Report on vaccination in Madras 1904-1921 - 1904-1921
Year: 1904
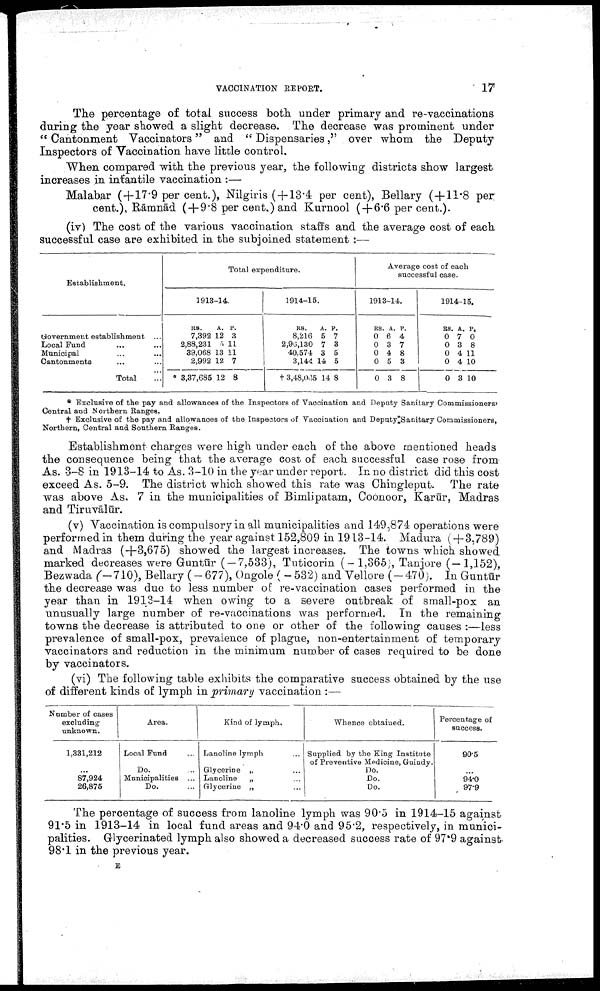
VACCINATION REPORT.
17
The percentage of total success both under primary and re-vaccinations
during the year showed a slight decrease. The decrease was prominent under
" Cantonment Vaccinators" and " Dispensaries," over whom the Deputy
Inspectors of Vaccination have little control.
When compared with the previous year, the following districts show largest
increases in infantile vaccination :—
Malabar (+17.9 per cent.), Nilgiris ( + 13.4 per cent), Bellary (+11.8 per
cent.), Rāmnād (+9.8 per cent.) and Kurnool (+6.6 per cent.).
(iv) The cost of the various vaccination staffs and the average cost of each
successful case are exhibited in the subjoined statement :—
Establishment.
Government establishment ...
Local Fund ... ...
Municipal ... ...
Cantonments ... ...
Total
...
Total expenditure.
1913-14.
RS.
7,392
2,88,231
39,068
2,992
* 3,37,685
A.
12
5
13
12
12
P.
3
11
11
7
8
1914-15.
RS.
8,216
2,96,130
40,574
3,144
† 3,48,065
A.
5
7
3
14
14
P.
7
3
5
5
8
Average cost of each
successful case.
1913-14.
RS.
0
0
0
0
0
A.
6
3
4
5
3
P.
4
7
8
3
8
1914-15.
RS.
0
0
0
0
0
A.
7
3
4
4
3
P.
0
8
11
10
10
* Exclusive of the pay and allowances of the Inspectors of Vaccination and Deputy Sanitary Commissioners,
Central and Northern Ranges.
† Exclusive of the pay and allowances of the Inspectors of Vaccination and Deputy Sanitary Commissioners,
Northern, Central and Southern Ranges.
Establishment charges were high under each of the above mentioned heads
the consequence being that the average cost of each successful case rose from
As. 3-8 in 1913-14 to As. 3-10 in the year under report. In no district did this cost
exceed As. 5-9. The district which showed this rate was Chingleput. The rate
was above As. 7 in the municipalities of Bimlipatam, Coonoor, Karūr, Madras
and Tiruvālūr.
(v) Vaccination is compulsory in all municipalities and 149,874 operations were
performed in them during the year against 152,809 in 1913-14. Madura ( + 3,789)
and Madras (+3,675) showed the largest increases. The towns which showed
marked decreases were Guntūr (-7,533), Tuticorin (-1,365), Tanjore (-1,152),
Bezwada (-710), Bellary (- 677), Ongole ( - 532) and Vellore (-470). In Guntūr
the decrease was due to less number of re-vaccination cases performed in the
year than in 1913-14 when owing to a severe outbreak of small-pox an
unusually large number of re-vaccinations was performed. In the remaining
towns the decrease is attributed to one or other of the following causes :—less
prevalence of small-pox, prevalence of plague, non-entertainment of temporary
vaccinators and reduction in the minimum number of cases required to be done
by vaccinators.
(vi) The following table exhibits the comparative success obtained by the use
of different kinds of lymph in primary vaccination :—
Number of cases
excluding
unknown.
1,331,212
...
87,924
26,875
Area.
Local Fund ...
Do. ...
Municipalities ...
Do. ...
Kind of lymph.
Lanoline lymph ...
Glycerine „ ...
Lanoline
„ ...
Glycerine „ ...
Whence obtained.
Supplied by the King Institute
of Preventive Medicine, Guindy.
Do.
Do.
Do.
Percentage of
success.
90.5
...
94.0
97.9
The percentage of success from lanoline lymph was 90.5 in 1914-15 against
91.5 in 1913-14 in local fund areas and 94.0 and 95.2, respectively, in munici
palities. Glycerinated lymph also showed a decreased success rate of 97.9 against
98.1 in the previous year.
E